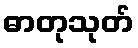
ဓာတုသုတ်